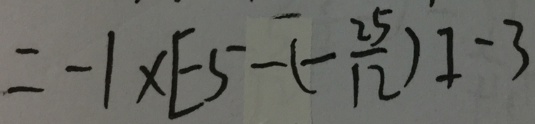
= - 1 \times [ - 5 - ( - \frac { 2 5 } { 1 2 } ) ] - 3